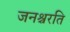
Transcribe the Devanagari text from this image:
जनश्चरति